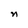
Character: n